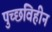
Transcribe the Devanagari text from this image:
पुच्छविहीन